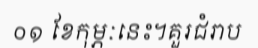
០១ ខែកុម្ភៈនេះ។គួរជំរាប